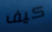
كيف